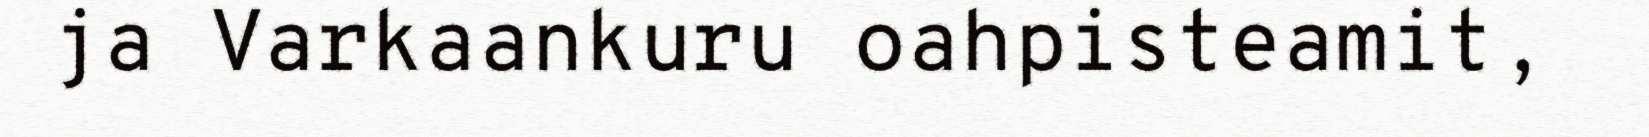
ja Varkaankuru oahpisteamit,